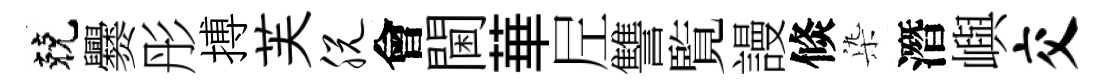
兢爨彤搏芙脱會閫華𡰱讐覧謾倐𣑱潛嶼交